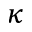
\kappa